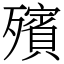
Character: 殯